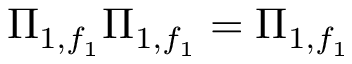
\Pi _ { 1 , f _ { 1 } } \Pi _ { 1 , f _ { 1 } } = \Pi _ { 1 , f _ { 1 } }